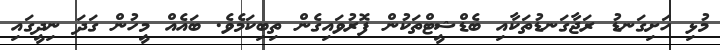
މުޅި ހަށިގަނޑު ރަޖާގަނޑުތަކާއި ބެޑްޝީޓްތަކުން ފޮރުވައިގެން ތިބިކަމެވެ. ބައެއް މީހުން ގަދަ ނިދީގައި